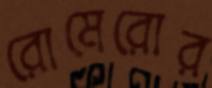
রোমেরোর